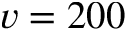
v = 2 0 0